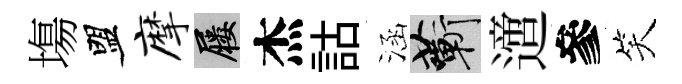
塲盟摩屨杰詁涵蔪𨗁參笑